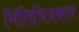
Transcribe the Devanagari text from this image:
भित्तिचित्रकार